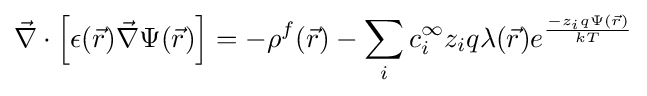
{\vec {\nabla }}\cdot \left[\epsilon ({\vec {r}}){\vec {\nabla }}\Psi ({\vec {r}})\right]=-\rho ^{f}({\vec {r}})-\sum _{i}c_{i}^{\infty }z_{i}q\lambda ({\vec {r}})e^{\frac {-z_{i}q\Psi ({\vec {r}})}{kT}}